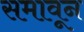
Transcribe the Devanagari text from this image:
समावून